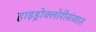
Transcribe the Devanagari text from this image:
हाइड्रोक्लोरीसंजात